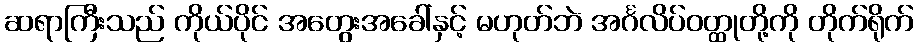
ဆရာကြီးသည် ကိုယ်ပိုင် အတွေးအခေါ်နှင့် မဟုတ်ဘဲ အင်္ဂလိပ်ဝတ္ထုတို့ကို တိုက်ရိုက်